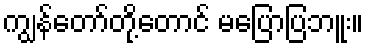
ကျွန်တော်တို့တောင် မပြောပြဘူး။